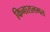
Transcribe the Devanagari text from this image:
किनारालगत